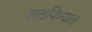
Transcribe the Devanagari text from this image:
लढविण्यात